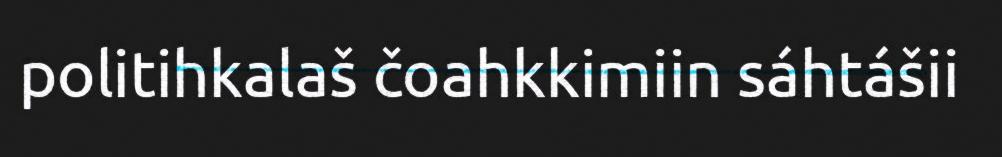
politihkalaš čoahkkimiin sáhtášii